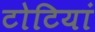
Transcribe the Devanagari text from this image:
टोटियां